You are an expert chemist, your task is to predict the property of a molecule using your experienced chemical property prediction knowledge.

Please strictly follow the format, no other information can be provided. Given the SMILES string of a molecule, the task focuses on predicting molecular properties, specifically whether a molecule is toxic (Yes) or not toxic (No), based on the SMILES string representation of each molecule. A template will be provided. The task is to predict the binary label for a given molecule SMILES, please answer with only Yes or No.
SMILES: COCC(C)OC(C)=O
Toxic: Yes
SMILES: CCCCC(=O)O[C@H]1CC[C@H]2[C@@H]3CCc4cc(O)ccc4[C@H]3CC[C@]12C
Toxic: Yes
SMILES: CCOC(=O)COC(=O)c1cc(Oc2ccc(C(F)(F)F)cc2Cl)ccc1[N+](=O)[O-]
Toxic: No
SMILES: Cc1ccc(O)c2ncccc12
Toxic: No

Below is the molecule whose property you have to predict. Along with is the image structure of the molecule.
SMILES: N[C@@H](Cc1cc(I)c(Oc2cc(I)c(O)c(I)c2)c(I)c1)C(=O)O
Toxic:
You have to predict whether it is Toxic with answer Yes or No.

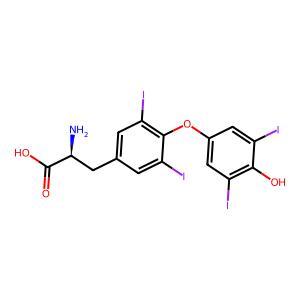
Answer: No